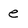
Character: e